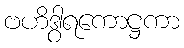
ဗဟိဒွါရကောဋ္ဌကာ